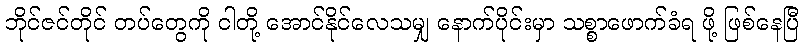
ဘိုင်ဇင်တိုင် တပ်တွေကို ငါတို့ အောင်နိုင်လေသမျှ နောက်ပိုင်းမှာ သစ္စာဖောက်ခံရ ဖို့ ဖြစ်နေပြီ